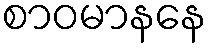
စာဝမာနနေ